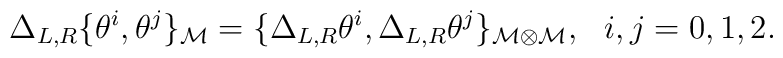
\Delta_{L,R} \{\theta^i,\theta^j\}_{\cal M}=\{\Delta_{L,R}\theta^i,\Delta_{L,R} \theta^j\}_{{\cal M}\otimes{\cal M}},~~i,j=0,1,2.